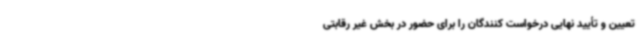
تعیین و تأیید نهایی درخواست کنندگان را برای حضور در بخش غیر رقابتی